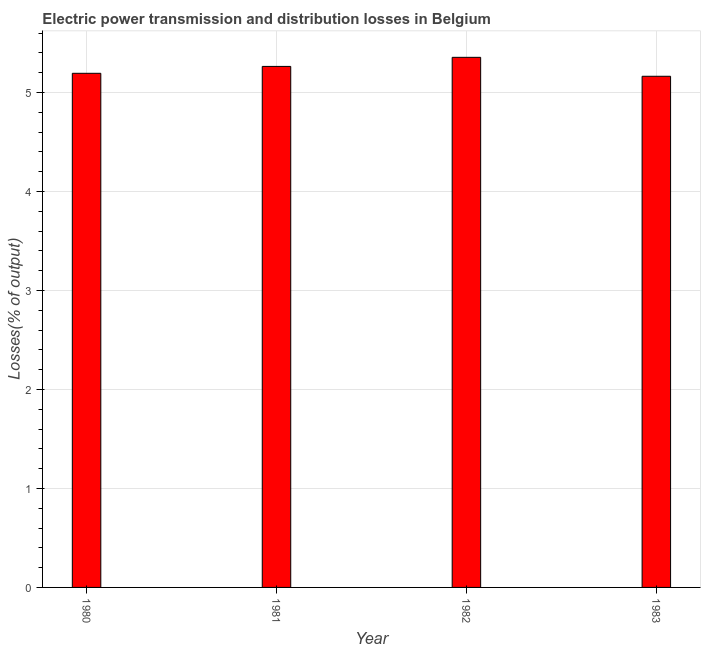
| Year | Electric power transmission and distribution losses |
 | --- | --- |
 | 1980 | 5.19 |
 | 1981 | 5.26 |
 | 1982 | 5.35 |
 | 1983 | 5.16 |